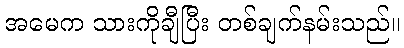
အမေက သားကိုချီပြီး တစ်ချက်နမ်းသည်။